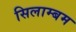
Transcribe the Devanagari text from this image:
सिलाम्बम